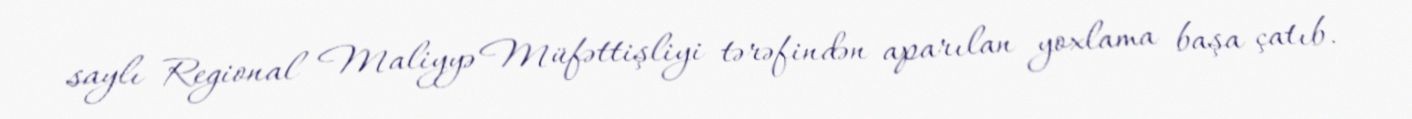
saylı Regional Maliyyə Müfəttişliyi tərəfindən aparılan yoxlama başa çatıb.